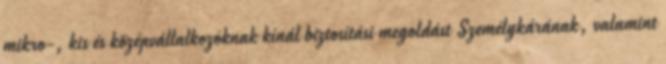
mikro-, kis és középvállalkozóknak kínál biztosítási megoldást Személykárának, valamint